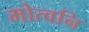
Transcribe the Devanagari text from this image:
मोत्वनि